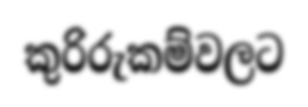
කුරිරුකම්වලට